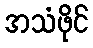
အသံဖိုင်